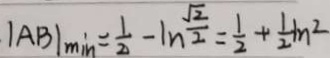
\vert A B \vert _ { \min } = \frac { 1 } { 2 } - \ln \frac { \sqrt { 2 } } { 2 } = \frac { 1 } { 2 } + \frac { 1 } { 2 } I n ^ { 2 }